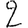
Digit: 2